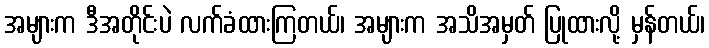
အများက ဒီအတိုင်းပဲ လက်ခံထားကြတယ်၊ အများက အသိအမှတ် ပြုထားလို့ မှန်တယ်၊